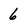
Character: 6